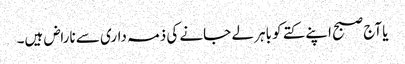
یا آج صبح اپنے کتے کو باہر لے جانے کی ذمہ داری سے ناراض ہیں۔